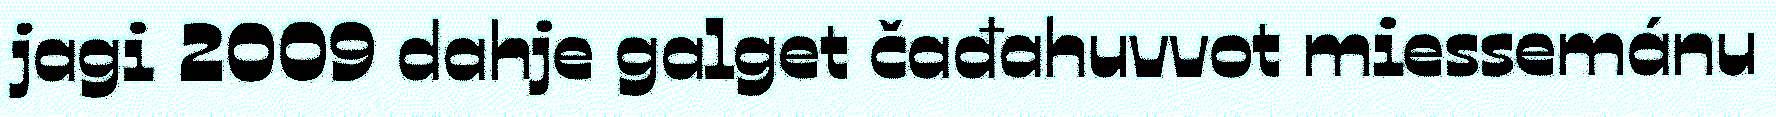
jagi 2009 dahje galget čađahuvvot miessemánu